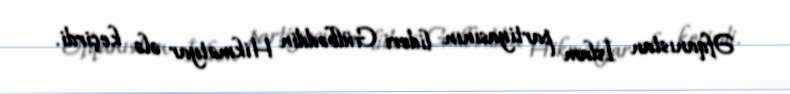
Əfqanıstan İslam partiyasının lideri Gülbəddin Hikmətyar ələ keçirdi.